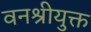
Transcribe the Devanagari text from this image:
वनश्रीयुक्त